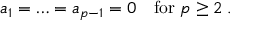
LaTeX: a _ { 1 } = \ldots = a _ { p - 1 } = 0 \quad \mathrm { f o r } \ p \geq 2 \; .